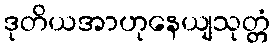
ဒုတိယအာဟုနေယျသုတ္တံ